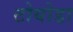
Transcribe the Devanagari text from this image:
टोयोडा